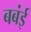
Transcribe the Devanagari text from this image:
बबंई